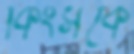
কিংসকে